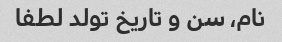
نام، سن و تاریخ تولد لطفا